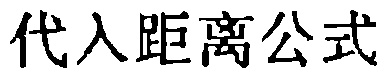
代入距离公式